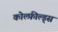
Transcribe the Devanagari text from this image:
कोल्फ़ील्ड्स